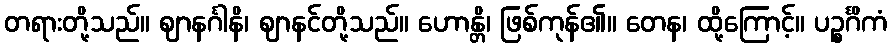
တရားတို့သည်။ ဈာနင်္ဂါနိ၊ ဈာနင်တို့သည်။ ဟောန္တိ၊ ဖြစ်ကုန်၏။ တေန၊ ထို့ကြောင့်။ ပဉ္စင်္ဂိကံ